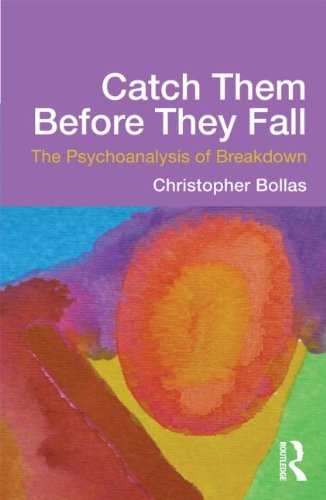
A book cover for Catch Them Before They Fall: The Psychoanalysis of Breakdown; Christopher Bollas; Medical Books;